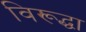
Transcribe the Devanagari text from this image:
विरूद्धा